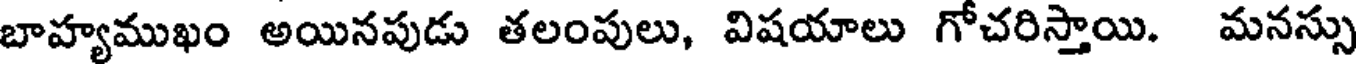
బాహ్యముఖం అయినపుడు తలంపులు, విషయాలు గోచరిస్తాయి. మనస్సు